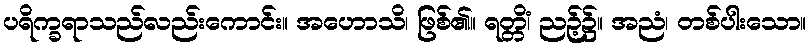
ပရိက္ခရာသည်လည်းကောင်း။ အဟောသိ၊ ဖြစ်၏။ ရတ္တိံ၊ ညဉ့်၌။ အညံ၊ တစ်ပါးသော။